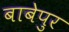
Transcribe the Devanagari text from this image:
बाबेपुर